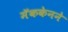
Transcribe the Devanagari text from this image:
मॅककेनने